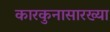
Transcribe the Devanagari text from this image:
कारकुनासारख्या